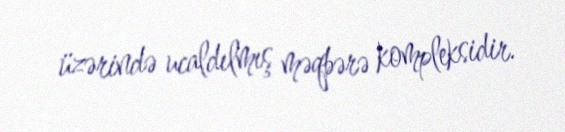
üzərində ucaldılmış məqbərə kompleksidir.